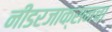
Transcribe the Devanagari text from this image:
नीडरजाक्सनचा